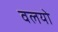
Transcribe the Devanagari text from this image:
वलयो